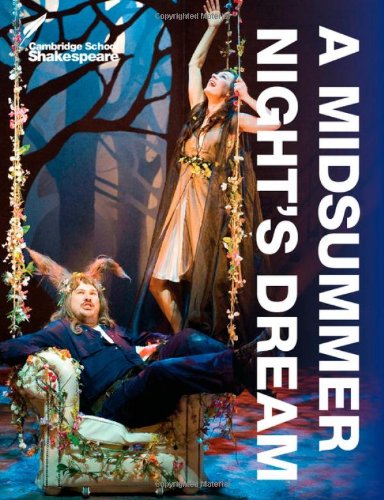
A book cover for A Midsummer Night's Dream (Cambridge School Shakespeare); Rex Gibson; Literature & Fiction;